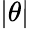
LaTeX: \vert\theta\vert